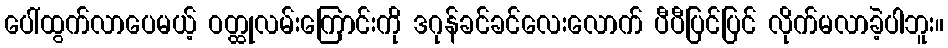
ပေါ်ထွက်လာပေမယ့် ဝတ္ထုလမ်းကြောင်းကို ဒဂုန်ခင်ခင်လေးလောက် ပီပီပြင်ပြင် လိုက်မလာခဲ့ပါဘူး။